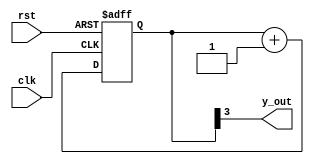
`timescale 1ns / 1ps
//////////////////////////////////////////////////////////////////////////////////
// Company: 
// Engineer: 
// 
// Design Name: 
// Module Name: mod_16_counter_50dc
// Project Name: 
// Target Devices: 
// Tool Versions: 
// Description: 
// 
// Dependencies: 
// 
// Revision:
// Revision 0.01 - File Created
// Additional Comments:
// 
//////////////////////////////////////////////////////////////////////////////////


module mod_16_counter_50dc(
   input clk,
    input rst,
    output y_out
    );
     reg [3:0] count;
    always@(posedge clk ,negedge rst)
    begin
    if(!rst)
    count<='b0;
    else
    count<=count+'b1;
    end
    assign y_out=count[3];
endmodule